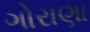
ગોરાણા